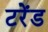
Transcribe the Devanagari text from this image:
टरेंड